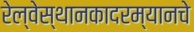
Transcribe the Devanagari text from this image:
रेल्वेस्थानकादरम्यानचे